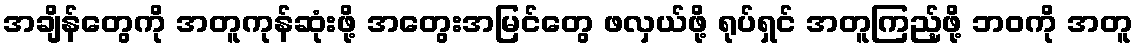
အချိန်တွေကို အတူကုန်ဆုံးဖို့ အတွေးအမြင်တွေ ဖလှယ်ဖို့ ရုပ်ရှင် အတူကြည့်ဖို့ ဘဝကို အတူ